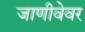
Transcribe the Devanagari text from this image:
जाणीवेवर